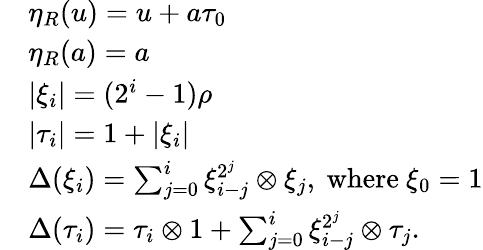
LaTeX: \begin{array}{rl}&{\eta_{R}(u)=u+a\tau_{0}}\\ &{\eta_{R}(a)=a}\\ &{|\xi_{i}|=(2^{i}-1)\rho}\\ &{|\tau_{i}|=1+|\xi_{i}|}\\ &{\Delta(\xi_{i})=\sum_{j=0}^{i}\xi_{i-j}^{2^{j}}\otimes\xi_{j},\ \mathrm{where}\ \xi_{0}=1}\\ &{\Delta(\tau_{i})=\tau_{i}\otimes 1+\sum_{j=0}^{i}\xi_{i-j}^{2^{j}}\otimes\tau_{j}.}\end{array}